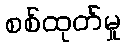
စစ်ထုတ်မှု